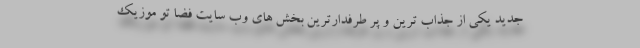
جدید یکی از جذاب ترین و پر طرفدارترین بخش های وب سایت فضا تو موزیک